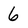
Character: 6